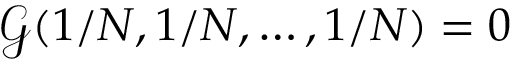
\mathcal { G } ( 1 / N , 1 / N , \dots , 1 / N ) = 0